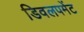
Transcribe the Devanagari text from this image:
डिवलपमेंट